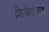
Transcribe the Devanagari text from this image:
शिजेइसिई